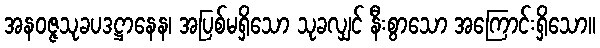
အနဝဇ္ဇသုခပဒဋ္ဌာနေန၊ အပြစ်မရှိသော သုခလျှင် နီးစွာသော အကြောင်းရှိသော။